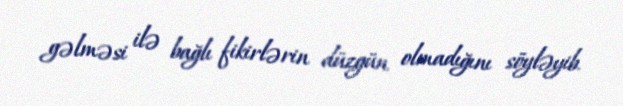
gəlməsi ilə bağlı fikirlərin düzgün olmadığını söyləyib.